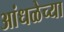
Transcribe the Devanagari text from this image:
आंधळेच्या